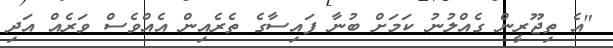
"އެ ތިޖޫރީން ގެއްލުނު ކަމަށް ބުނާ ފައިސާގެ ތެރެއިން އެއްވެސް ވަރެއް އަދި